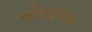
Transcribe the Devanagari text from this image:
पोराट्टुनाटक